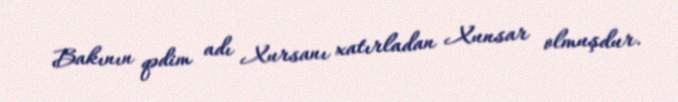
Bakının qədim adı Xursanı xatırladan Xunsar olmuşdur.